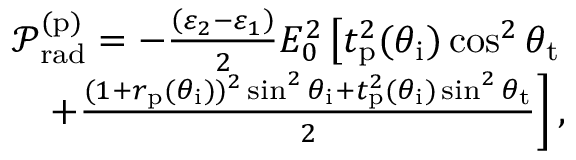
\begin{array} { r } { \mathcal { P } _ { \mathrm { r a d } } ^ { ( \mathrm { p } ) } = - \frac { \left( \varepsilon _ { 2 } - \varepsilon _ { 1 } \right) } { 2 } E _ { 0 } ^ { 2 } \left[ t _ { \mathrm { p } } ^ { 2 } ( \theta _ { \mathrm { i } } ) \cos ^ { 2 } \theta _ { \mathrm { t } } \right. } \\ { \left. + \frac { ( 1 + r _ { \mathrm { p } } ( \theta _ { \mathrm { i } } ) ) ^ { 2 } \sin ^ { 2 } \theta _ { \mathrm { i } } + t _ { \mathrm { p } } ^ { 2 } ( \theta _ { \mathrm { i } } ) \sin ^ { 2 } \theta _ { \mathrm { t } } } { 2 } \right] , } \end{array}